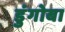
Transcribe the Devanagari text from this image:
डुंगोबा